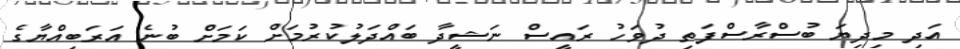
އަދި މިދިޔަ ބުސްރާސްފަތި ދުވަހު ރައީސް ނަޝީދާ ބައްދަލުކުރުމަށް ކަމަށް ބުނެ އަރަބިއްޔާގެ